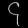
Digit: ၄